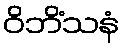
ဝိဘိံသနံ